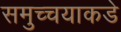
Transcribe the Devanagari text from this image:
समुच्चयाकडे